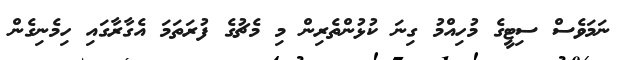
ނަމަވެސް ސިޓީގެ މުހިއްމު ގިނަ ކުޅުންތެރިން މި މެޗުގެ ފުރަތަމަ އެގާރާގައި ހިމެނިގެން